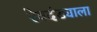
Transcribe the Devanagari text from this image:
रेवदंड्याला